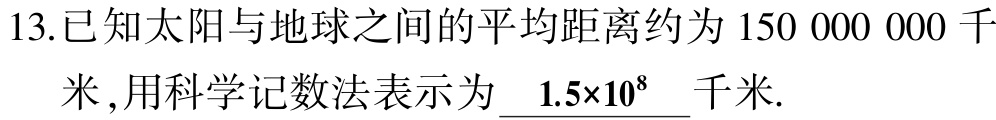
13.已知太阳与地球之间的平均距离约为$150\ 000\ 000$千米,用科学记数法表示为$\underline{1.5\times10^{8}}$千米.